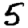
Digit: 5